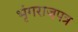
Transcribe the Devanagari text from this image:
भृंगराजपत्र